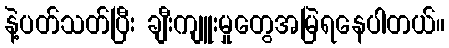
နဲ့ပတ်သတ်ပြီး ချီးကျူးမှုတွေအမြဲရနေပါတယ်။